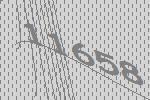
11658